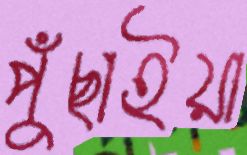
পুঁছাইয়া